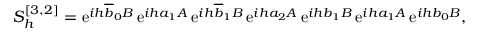
S _ { h } ^ { [ 3 , 2 ] } = \ensuremath { \mathrm { e } } ^ { i h \overline { { b } } _ { 0 } B } \, \ensuremath { \mathrm { e } } ^ { i h a _ { 1 } A } \, \ensuremath { \mathrm { e } } ^ { i h \overline { { b } } _ { 1 } B } \, \ensuremath { \mathrm { e } } ^ { i h a _ { 2 } A } \, \ensuremath { \mathrm { e } } ^ { i h b _ { 1 } B } \, \ensuremath { \mathrm { e } } ^ { i h a _ { 1 } A } \, \ensuremath { \mathrm { e } } ^ { i h b _ { 0 } B } ,